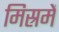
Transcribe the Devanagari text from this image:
मिस्रमें